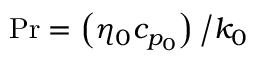
\mathrm { P r } = \left( { \eta _ { 0 } c _ { p _ { 0 } } } \right) \big / k _ { 0 }